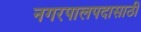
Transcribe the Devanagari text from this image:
नगरपालपदासाठी